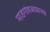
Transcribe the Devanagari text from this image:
माडगांवजवळच्या